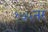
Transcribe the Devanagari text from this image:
१७५नर